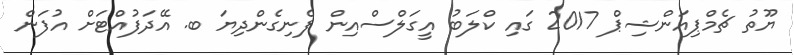
ޔޫތު ޗެމްޕިއަންޝިޕް 2017 ގައި ކްލަބު އީގަލްސްއިން ފެނިގެންދިޔަ ބ. އޭދަފުއްޓަށް އުފަން